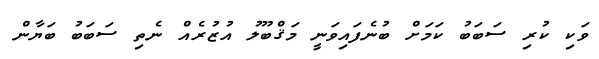
ވަކި ކުރި ސަބަބު ކަމަށް ބުނެފައިވަނީ މަޤްބޫލު އުޒުރެއް ނެތި ސަބަބު ބަޔާން